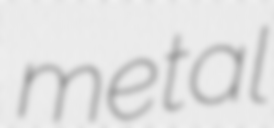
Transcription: metal